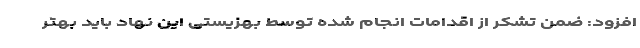
افزود: ضمن تشکر از اقدامات انجام شده توسط بهزیستی این نهاد باید بهتر